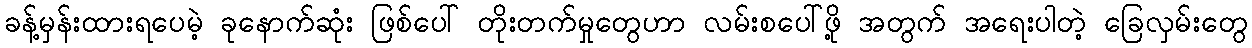
ခန့်မှန်းထားရပေမဲ့ ခုနောက်ဆုံး ဖြစ်ပေါ် တိုးတက်မှုတွေဟာ လမ်းစပေါ်ဖို့ အတွက် အရေးပါတဲ့ ခြေလှမ်းတွေ